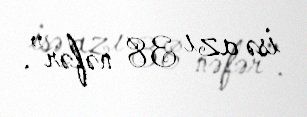
isə azı 38 nəfər”.